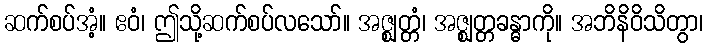
ဆက်စပ်အံ့။ ဧဝံ၊ ဤသို့ဆက်စပ်လသော်။ အဇ္ဈတ္တံ၊ အဇ္ဈတ္တခန္ဓာကို။ အဘိနိဝိသိတွာ၊